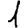
Digit: 1